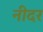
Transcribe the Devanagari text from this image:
नीदर